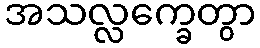
အသလ္လက္ခေတွာ